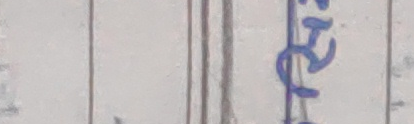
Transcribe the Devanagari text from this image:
हे र ३